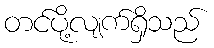
တင်ပို့လျက်ရှိသည်